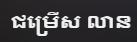
ជម្រើស លាន